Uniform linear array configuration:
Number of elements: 48
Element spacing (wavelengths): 1
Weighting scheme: uniform
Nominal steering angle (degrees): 60
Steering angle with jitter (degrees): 58.117
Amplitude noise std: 0.05
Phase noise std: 0.05

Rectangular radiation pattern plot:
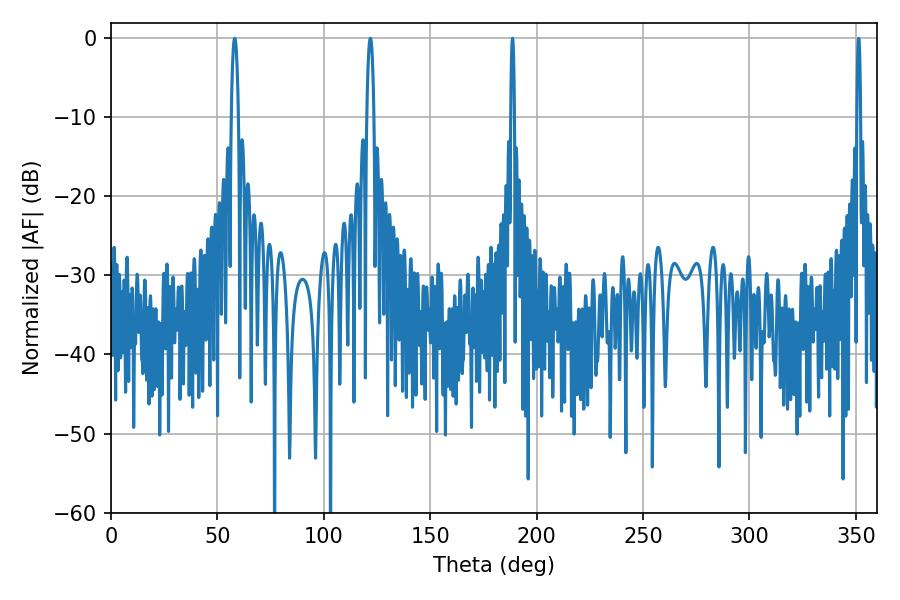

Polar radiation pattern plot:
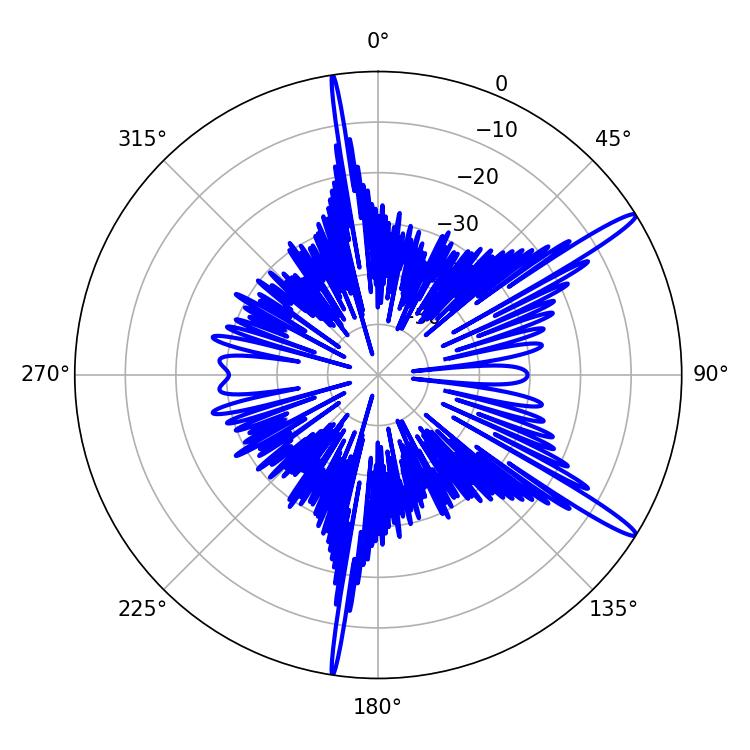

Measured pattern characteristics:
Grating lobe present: TRUE
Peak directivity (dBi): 15.254
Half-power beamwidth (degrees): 1.8
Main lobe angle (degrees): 58.14